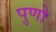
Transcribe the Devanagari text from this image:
पुणो